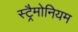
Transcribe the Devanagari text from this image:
स्ट्रैमोनियम